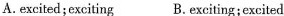
A.excited;exciting B.Exciting;excited